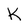
Character: k